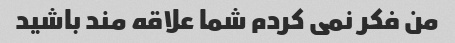
من فکر نمی کردم شما علاقه مند باشید